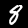
Label: 8